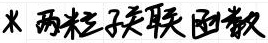
两粒子关联函数